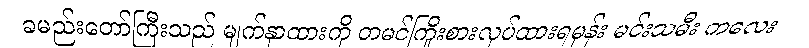
ခမည်းတော်ကြီးသည် မျက်နှာထားကို တမင်ကြိုးစားလုပ်ထားရမှန်း မင်းသမီး ကလေး